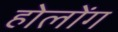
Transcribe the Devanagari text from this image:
होलोंग